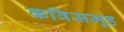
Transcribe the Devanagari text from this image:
कविसमूह